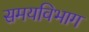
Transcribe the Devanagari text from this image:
समयविभाग